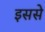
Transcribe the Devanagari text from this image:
इससेे